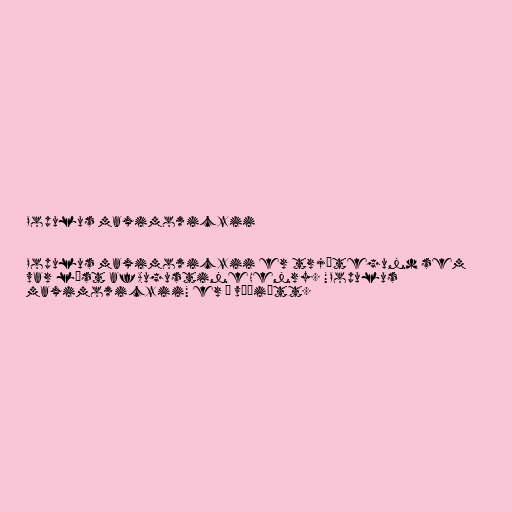
Populus maximowiczii

Populus maximowiczii er trjátegund sem
var lýst af Augustine Henry. "Populus
maximowiczii" er í víðiætt.